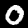
Digit: 0